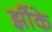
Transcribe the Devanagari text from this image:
झौंके